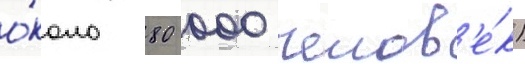
о́коло 80 000 челов'е́к)